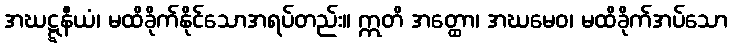
အဃဋ္ဋနီယံ၊ မထိခိုက်နိုင်သောအရပ်တည်း။ ဣတိ အတ္ထော၊ အဃမေဝ၊ မထိခိုက်အပ်သော